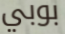
بوبي